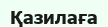
Қазилаға